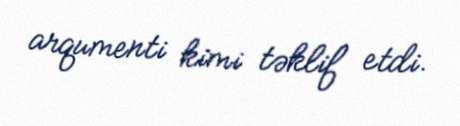
arqumenti kimi təklif etdi.